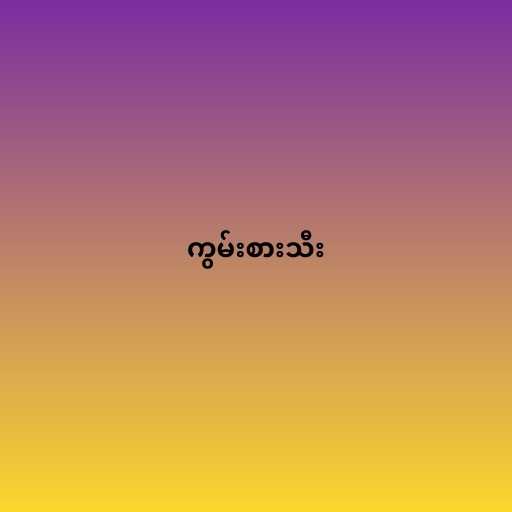
ကွမ်းစားသီး